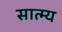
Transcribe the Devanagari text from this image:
सात्म्य